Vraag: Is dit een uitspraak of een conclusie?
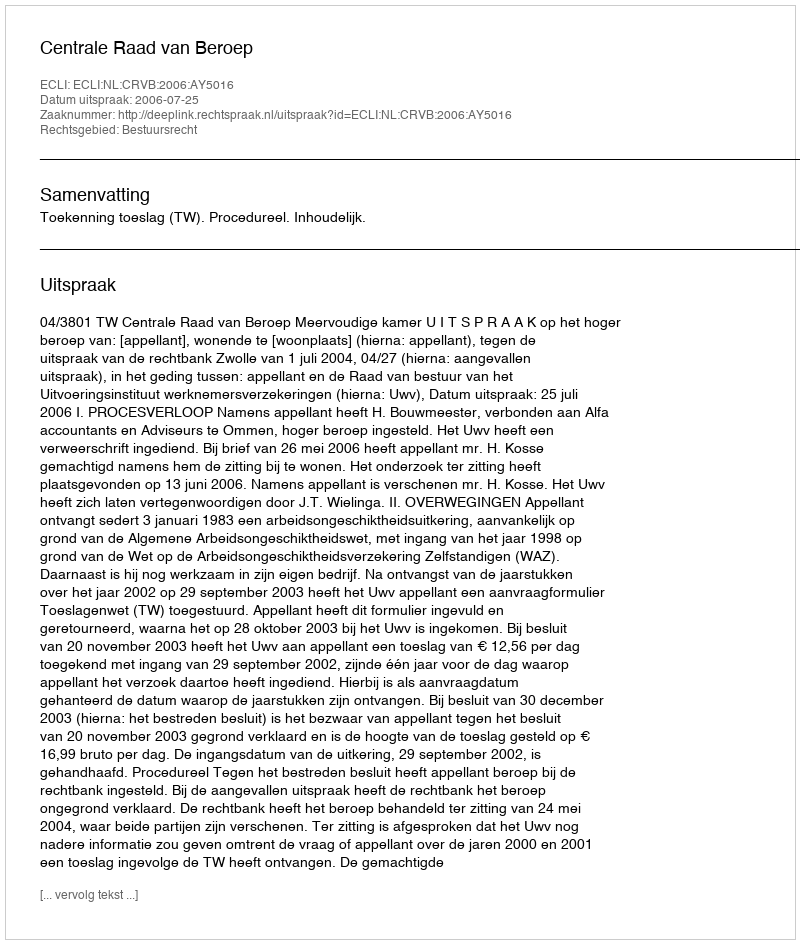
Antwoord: Uitspraak